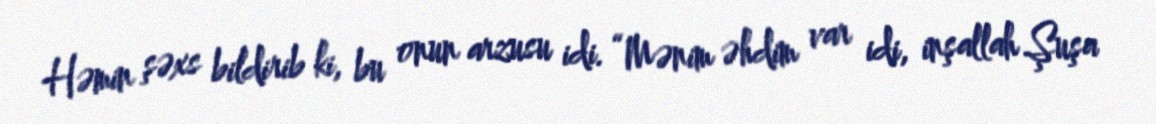
Həmin şəxs bildirib ki, bu onun arzusu idi. “Mənim əhdim var idi, inşallah Şuşa